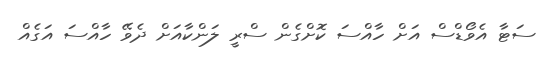
ސަޓާ އެވޯޑްސް އަށް ހާއްސަ ކޮށްގެން ސްރީ ލަންކާއަށް ދެވޭ ހާއްސަ އަގެއް